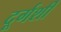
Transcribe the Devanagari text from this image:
दूर्गर्शी